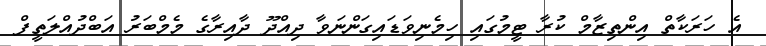
އެ ހަރަކާތް އިންތިޒާމް ކުރާ ޓީމުގައި ހިމެނިވަޑައިގަންނަވާ ދިއްދޫ ދާއިރާގެ މެމްބަރު އަބްދުއްލަތީފް